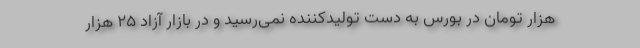
هزار تومان در بورس به دست تولیدکننده نمی‌رسید و در بازار آزاد ۲۵ هزار